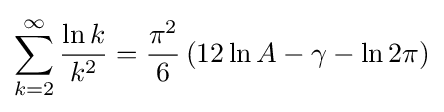
\sum _{k=2}^{\infty }{\frac {\ln k}{k^{2}}}={\frac {\pi ^{2}}{6}}\left(12\ln A-\gamma -\ln 2\pi \right)